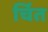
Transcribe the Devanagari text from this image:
र्चित